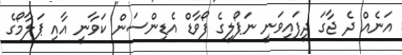
އަނެއް ދެ ޖާގަ ދީފައިވަނީ ނަޕޯލީގެ ފޯވާޑް އެޑިންސަން ކަވާނީ އާއި ޕަލާމޯގެ